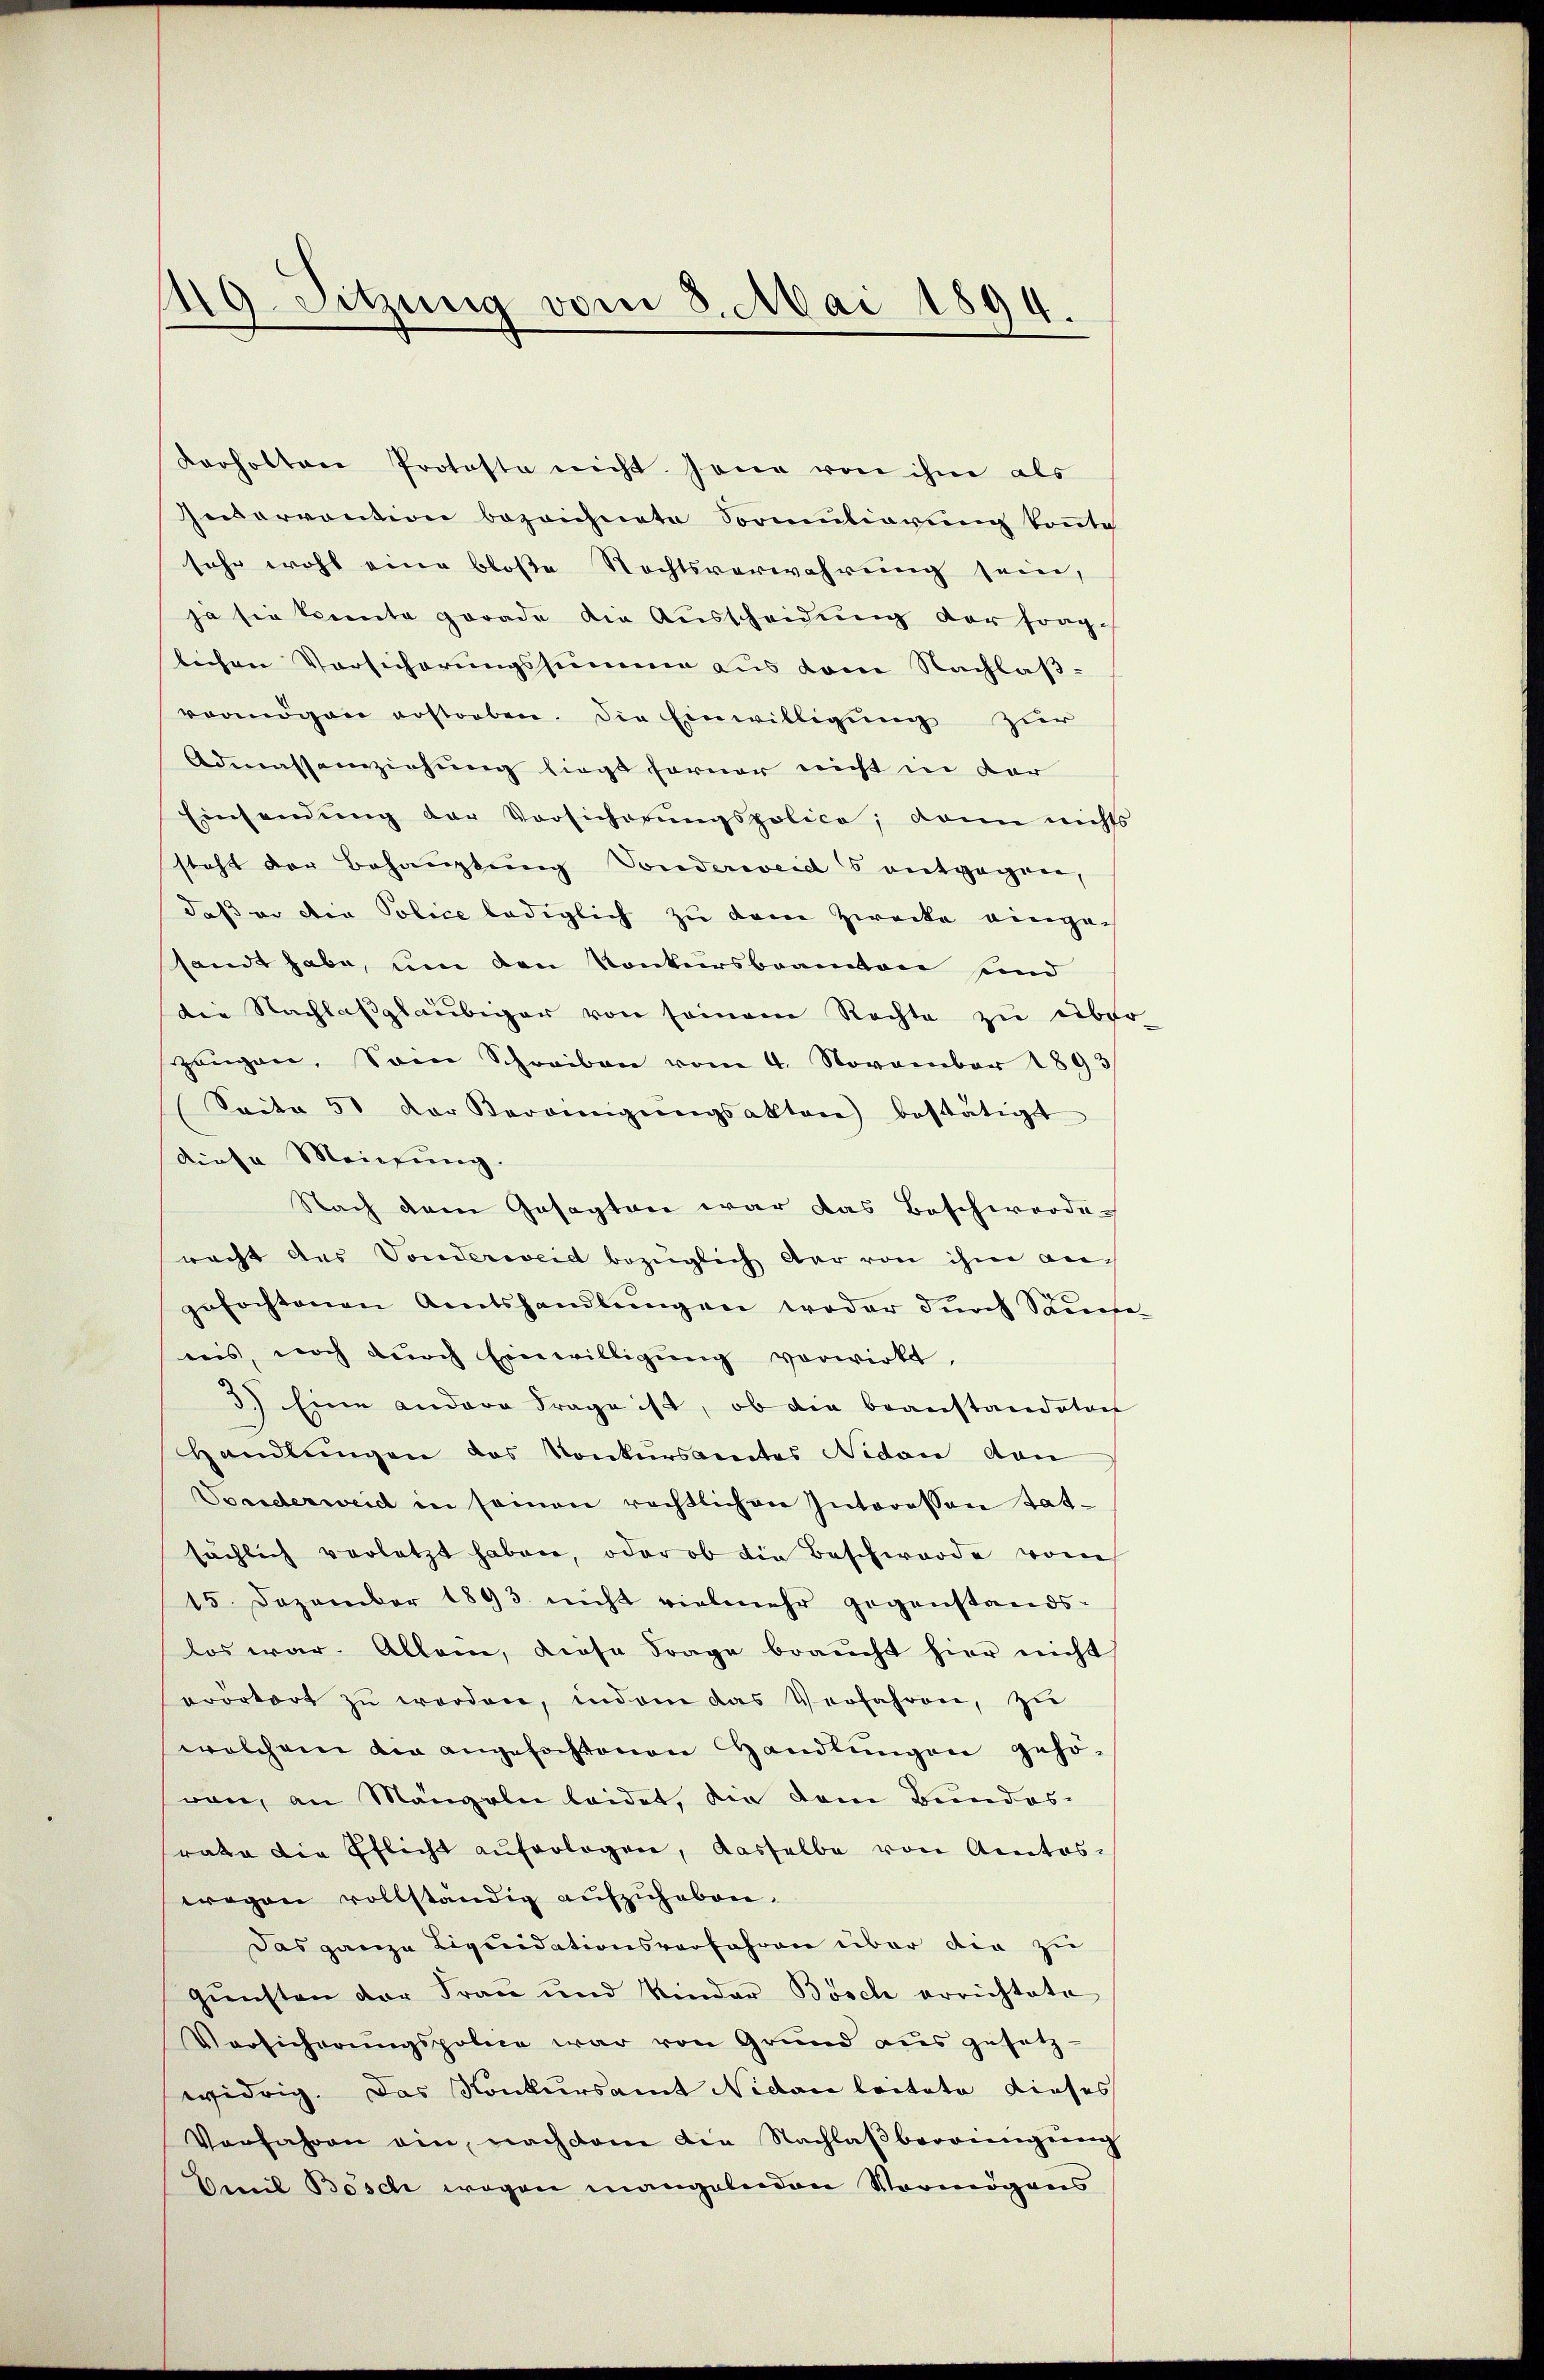
149. Sitzung vom 8. Mai 1894.

Karholten Protesto nicht. Jene von ihm als
Zudarvontion bezeichnete Sormŭliarŭng konnte
sehr wohl eine bloße Rechtsverwahrung sein,
ja sie konnte gerade die Ausscheidung der fraglichen Versicherungssumme aus dem Nachlaßreanögen erstorben. Die Einwilligŭng zur
Admassenziehung liegt ferner nicht in dar
Einsendŭng der Vorsicherŭngspolica, dann nichts
steht der Behauptung Sonderweid s entgegnen,
daß er die Police lediglich zu dem Zwecke eingesandt habe, um den Konkursbeamten sind
die Nachlasgläubiger von seinem Rechte zu über-
zeŭgen, Som Schreiben vom 4. November 1893
Saite 51 der Vereinigŭngsakten) bestätigt
diese Meinung.
Nach dem Gesagten war das Beschwerde
racht des Vonderweid bezüglich dar von ihm angefochtenen Amtshandlŭngen weder dŭrch Sauce-
nis, noch dŭrch Einwilligŭng vorwirkt,
3.) Eine andere Frage ist, ob die beanstandaten
Handlungen das Konkursamtes Nidau von
Sonderweid in seinen rechtlichen Interessen tat-
sächlich verletzt haben, oder ob die Beschwerde vom
15. Dezember 1893. nicht vielmehr gegenstands-
los war. Allein, diese Frage braucht hier nicht
erörtert zŭ werden, indem das Verfahren, zŭ
welchem die angefochtenen Handlŭngen gehö-
von, an Mängeln leidet, die dem Bundes-
rate die Pflicht auferlegen, dasselbe von Amtos-
wegen vollständig aufzuheben.
Das ganze Liquidationsverfahren über die zu
gŭnsten der Frau und Kinder Bosch errichtete
Versicherŭngspolie war von Grŭnd aŭsgesetz-
widrig. Das Konkursamt Nidare leitete dieses
Vorfahren ein, nach dem die Nachlaβbereinigŭng
Emil Bösch wegen mangelnden Vermögens